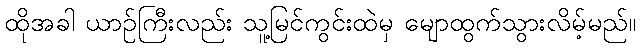
ထိုအခါ ယာဉ်ကြီးလည်း သူ့မြင်ကွင်းထဲမှ မျောထွက်သွားလိမ့်မည်။